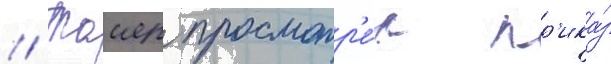
// Таиер просмотр'е́л пр'ика́з